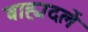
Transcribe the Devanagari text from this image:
बाह्यदलें